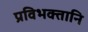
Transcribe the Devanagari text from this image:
प्रविभक्तानि